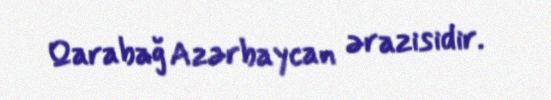
Qarabağ Azərbaycan ərazisidir.